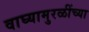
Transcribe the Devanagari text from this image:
वाघ्यामुरळींच्या